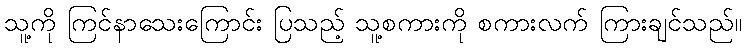
သူ့ကို ကြင်နာသေးကြောင်း ပြသည့် သူ့စကားကို စကားလက် ကြားချင်သည်။